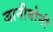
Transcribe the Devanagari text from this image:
जानीबोनी